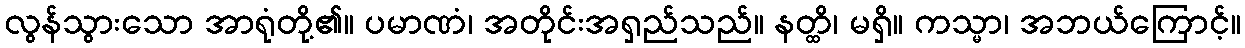
လွန်သွားသော အာရုံတို့၏။ ပမာဏံ၊ အတိုင်းအရှည်သည်။ နတ္ထိ၊ မရှိ။ ကသ္မာ၊ အဘယ်ကြောင့်။